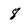
Character: 8